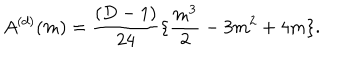
LaTeX: A ^ { ( d ) } ( m ) = \frac { ( D - 1 ) } { 2 4 } \{ \frac { m ^ { 3 } } { 2 } - 3 m ^ { 2 } + 4 m \} .